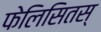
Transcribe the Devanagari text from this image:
फेलिसितस्